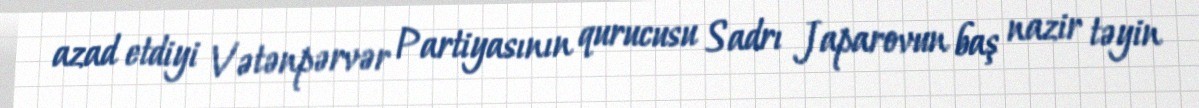
azad etdiyi Vətənpərvər Partiyasının qurucusu Sadrı Japarovun baş nazir təyin